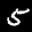
Label: 5